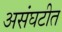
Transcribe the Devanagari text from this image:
असंघटीत